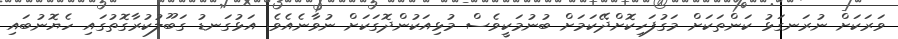
ވަރަކަށްް ނުރަނގަޅު ކަންތަކަށް މަގުފަހިކޮށްދޭކަމަށް ބުނުމަކީވެސް މުޅިއަކުންދޮގަކަށް ނުވާނެއެވެ. އަޅުގަނޑު ގަބޫލުކުރާގޮތުގައި ހެޔޮނުބައި